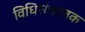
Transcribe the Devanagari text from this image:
विधिसंचालक